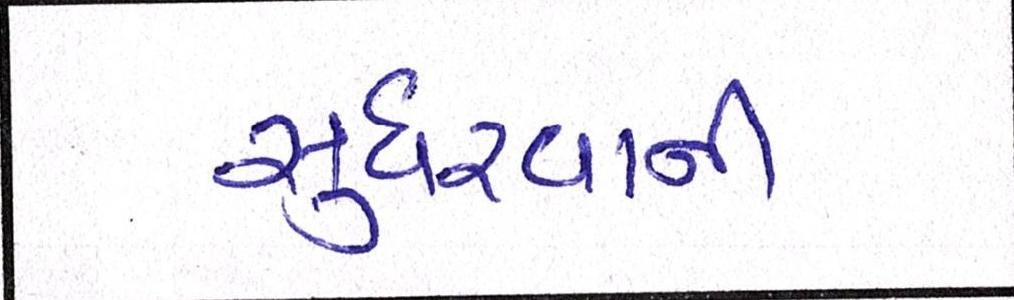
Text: સુધરવાની